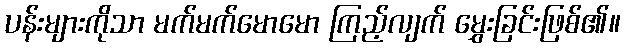
ပန်းများကိုသာ မက်မက်မောမော ကြည့်လျက် မွှေးခြင်းဖြစ်၏။